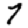
Digit: 7